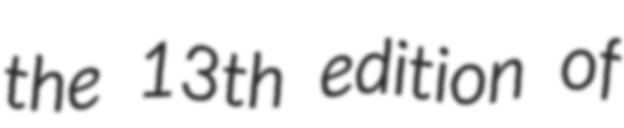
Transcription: the 13th edition of